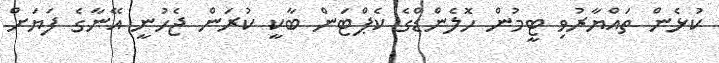
ކުޅެން ތައްޔާރުވި ޓީމުން ހޮލެންޑްގެ ކެޕްޓަން ބާކީ ކުރަން ޖެހުނީ އޭނާގެ ފަޔަށް